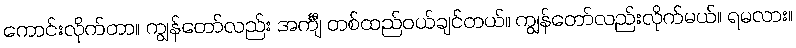
ကောင်းလိုက်တာ။ ကျွန်တော်လည်း အင်္ကျီ တစ်ထည်ဝယ်ချင်တယ်။ ကျွန်တော်လည်းလိုက်မယ်။ ရမလား။